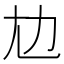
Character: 𡯄